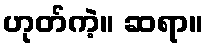
ဟုတ်ကဲ့။ ဆရာ။